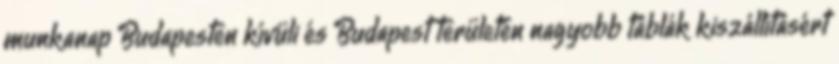
munkanap Budapesten kívüli és Budapest területén nagyobb táblák kiszállításért